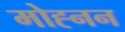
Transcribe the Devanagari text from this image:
मोह्नन